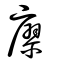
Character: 廖